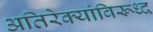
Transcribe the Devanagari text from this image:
अतिरेक्यांविरूध्द